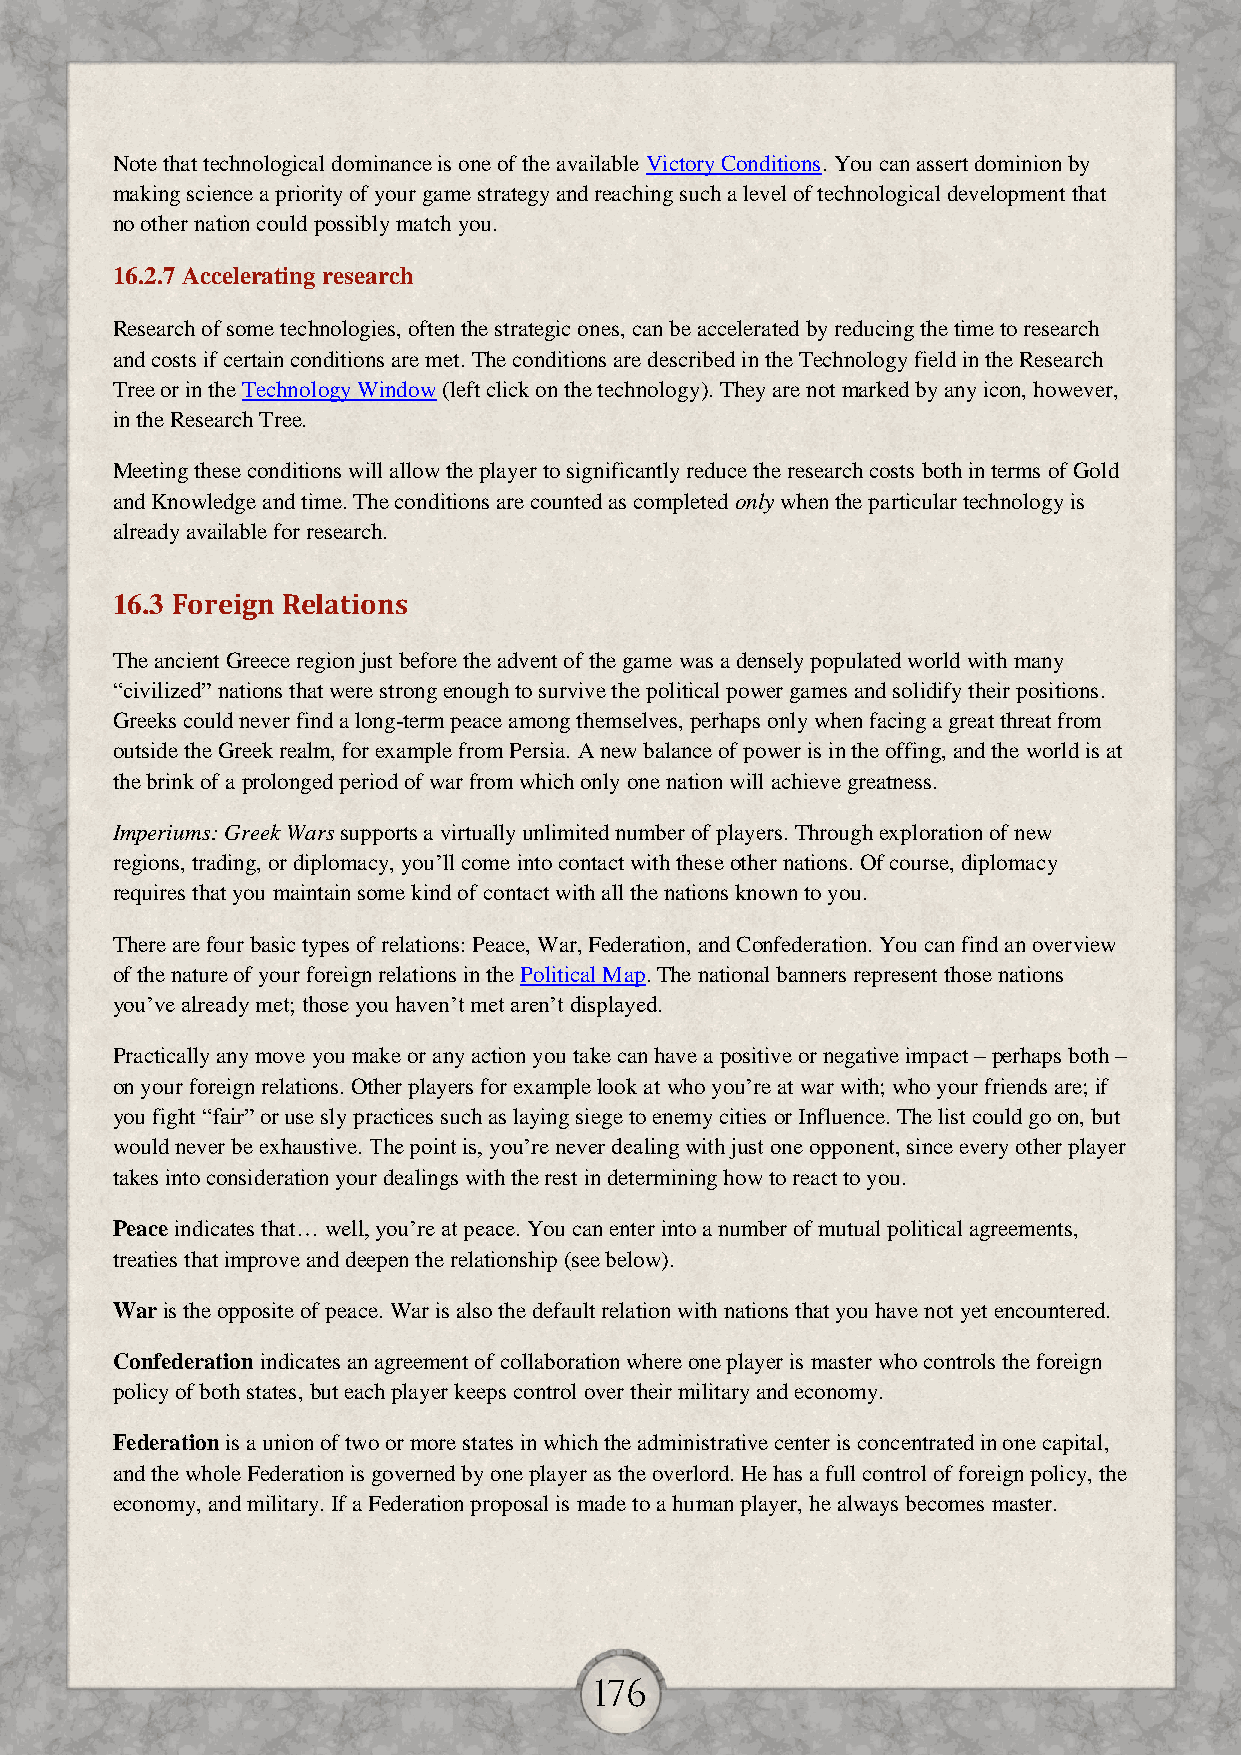
Note that technological dominance is one of the available Victory Conditions. You can assert dominion by
 making science a priority of your game strategy and reaching such a level of technological development that
 no other nation could possibly match you.
 16.2.7 Accelerating research
 Research of some technologies, often the strategic ones, can be accelerated by reducing the time to research
 and costs if certain conditions are met. The conditions are described in the Technology field in the Research
 Tree or in the Technology Window (left click on the technology). They are not marked by any icon, however,
 in the Research Tree.
 Meeting these conditions will allow the player to significantly reduce the research costs both in terms of Gold
 and Knowledge and time. The conditions are counted as completed only when the particular technology is
 already available for research.
 16.3 Foreign Relations
 The ancient Greece region just before the advent of the game was a densely populated world with many
 “civilized” nations that were strong enough to survive the political power games and solidify their positions.
 Greeks could never find a long-term peace among themselves, perhaps only when facing a great threat from
 outside the Greek realm, for example from Persia. A new balance of power is in the offing, and the world is at
 the brink of a prolonged period of war from which only one nation will achieve greatness.
 Imperiums: Greek Wars supports a virtually unlimited number of players. Through exploration of new
 regions, trading, or diplomacy, you’ll come into contact with these other nations. Of course, diplomacy
 requires that you maintain some kind of contact with all the nations known to you.
 There are four basic types of relations: Peace, War, Federation, and Confederation. You can find an overview
 of the nature of your foreign relations in the Political Map. The national banners represent those nations
 you’ve already met; those you haven’t met aren’t displayed.
 Practically any move you make or any action you take can have a positive or negative impact – perhaps both –
 on your foreign relations. Other players for example look at who you’re at war with; who your friends are; if
 you fight “fair” or use sly practices such as laying siege to enemy cities or Influence. The list could go on, but
 would never be exhaustive. The point is, you’re never dealing with just one opponent, since every other player
 takes into consideration your dealings with the rest in determining how to react to you.
 Peace indicates that… well, you’re at peace. You can enter into a number of mutual political agreements,
 treaties that improve and deepen the relationship (see below).
 War is the opposite of peace. War is also the default relation with nations that you have not yet encountered.
 Confederation indicates an agreement of collaboration where one player is master who controls the foreign
 policy of both states, but each player keeps control over their military and economy.
 Federation is a union of two or more states in which the administrative center is concentrated in one capital,
 and the whole Federation is governed by one player as the overlord. He has a full control of foreign policy, the
 economy, and military. If a Federation proposal is made to a human player, he always becomes master.
 176